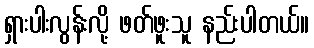
ရှားပါးလွန်းလို့ ဖတ်ဖူးသူ နည်းပါတယ်။